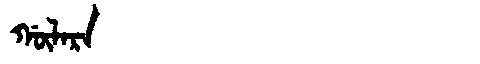
Manchu: ᡤᡡᠯᠠᡵᠠ
Romanization: GŪLARA